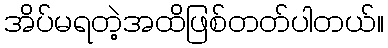
အိပ်မရတဲ့အထိဖြစ်တတ်ပါတယ်။